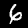
Label: 6